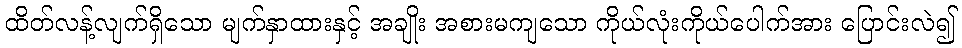
ထိတ်လန့်လျက်ရှိသော မျက်နှာထားနှင့် အချိုး အစားမကျသော ကိုယ်လုံးကိုယ်ပေါက်အား ပြောင်းလဲ၍